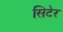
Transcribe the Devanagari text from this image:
सिटेर